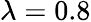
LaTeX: \lambda=0.8